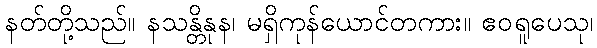
နတ်တို့သည်။ နသန္တိနုန၊ မရှိကုန်ယောင်တကား။ ဧဝရူပေသု၊